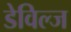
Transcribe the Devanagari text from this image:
डेविल्ज